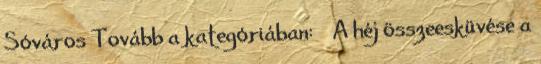
Sóváros Tovább a kategóriában: « A héj összeesküvése a